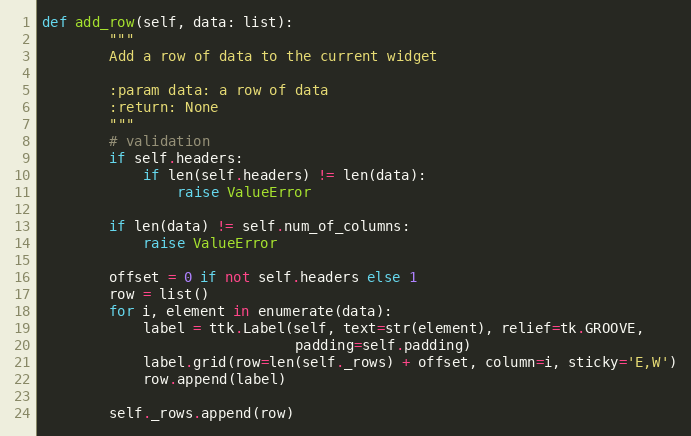
Language: Python
def add_row(self, data: list):
        """
        Add a row of data to the current widget

        :param data: a row of data
        :return: None
        """
        # validation
        if self.headers:
            if len(self.headers) != len(data):
                raise ValueError

        if len(data) != self.num_of_columns:
            raise ValueError

        offset = 0 if not self.headers else 1
        row = list()
        for i, element in enumerate(data):
            label = ttk.Label(self, text=str(element), relief=tk.GROOVE,
                              padding=self.padding)
            label.grid(row=len(self._rows) + offset, column=i, sticky='E,W')
            row.append(label)

        self._rows.append(row)